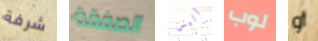
شرفة الصفقة أليس لوب أو